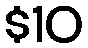
$10